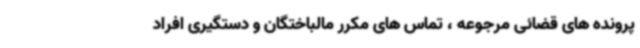
پرونده های قضائی مرجوعه ، تماس های مکرر مالباختگان و دستگیری افراد